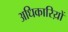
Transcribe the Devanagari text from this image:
अधिकारिय़ों